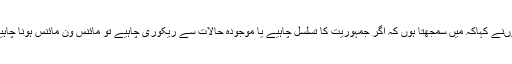
انہوںنے کہاکہ میں سمجھتا ہوں کہ اگر جمہوریت کا تسلسل چاہیے یا موجودہ حالات سے ریکوری چاہیے تو مائنس ون مائنس ہونا چاہیے۔